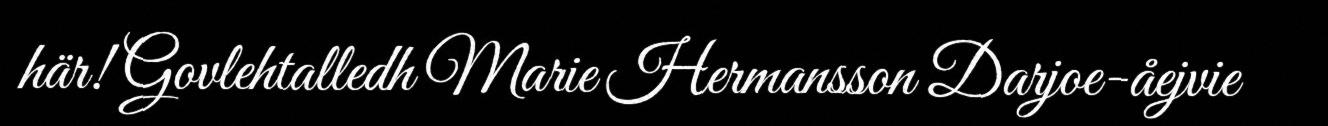
här! Govlehtalledh Marie Hermansson Darjoe-åejvie